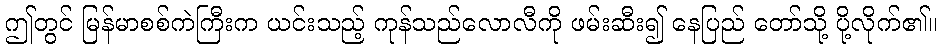
ဤတွင် မြန်မာစစ်ကဲကြီးက ယင်းသည့် ကုန်သည်လောလီကို ဖမ်းဆီး၍ နေပြည် တော်သို့ ပို့လိုက်၏။